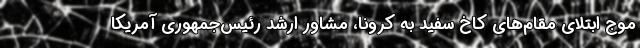
موج ابتلای مقام‌های کاخ سفید به کرونا، مشاور ارشد رئیس‌جمهوری آمریکا